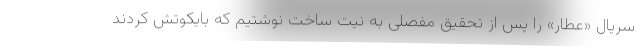
سریال «عطار» را پس از تحقیق مفصلی به نیت ساخت نوشتیم که بایکوتش کردند